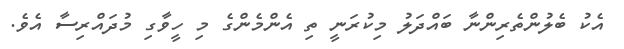
އެކު ބެލުންތެރިންނާ ބައްދަލު މިކުރަނީ ތި އެންމެންގެ މި ހީވާގި މުދައްރިސާ އެވެ.